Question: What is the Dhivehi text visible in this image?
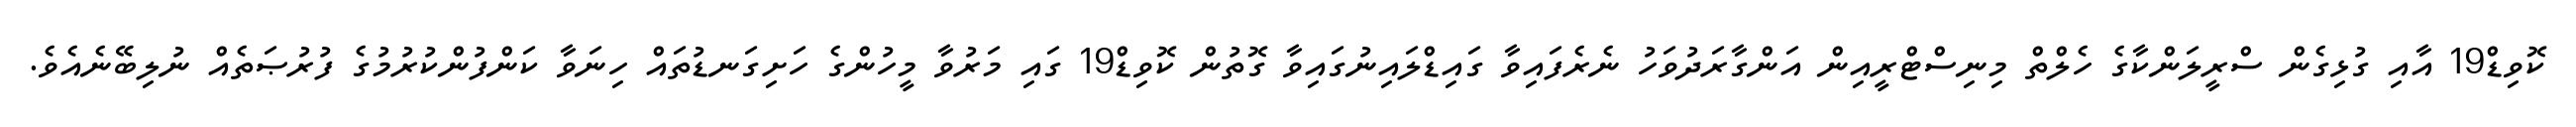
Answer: ކޮވިޑް19 އާއި ގުޅިގެން ސްރީލަންކާގެ ހެލްތް މިނިސްޓްރީއިން އަންގާރަދުވަހު ނެރެފައިވާ ގައިޑްލައިނުގައިވާ ގޮތުން ކޮވިޑް19 ގައި މަރުވާ މީހުންގެ ހަށިގަނޑުތައް ހިނަވާ ކަންފުންކުރުމުގެ ފުރުޞަތެއް ނުލިބޭނެއެވެ.